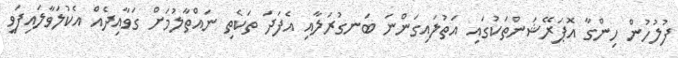
ފުލުހުން ހިންގާ އޮޕަރޭޝަންތަކުގައި އަތުލައިގަންނަ ބަނގުރަލާއި އެފަދަ ތަކެތި ނައްތާލުމަށް ގަވާއިދެއް އެކުލަވާލައިފަވީ